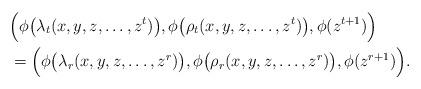
LaTeX: \begin{align*} &\Bigl(\phi\bigl(\lambda_{t}(x,y,z,\ldots ,z^{t})\bigr), \phi\bigl(\rho_{t}(x,y,z,\ldots ,z^{t})\bigr),\phi(z^{t+1})\Bigr)\\ &=\Bigl(\phi\bigl(\lambda_{r}(x,y,z,\ldots ,z^{r})\bigr), \phi\bigl(\rho_{r}(x,y,z,\ldots ,z^{r})\bigr),\phi(z^{r+1})\Bigr). \end{align*}